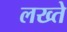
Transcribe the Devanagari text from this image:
लख्ते